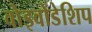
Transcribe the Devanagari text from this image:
वोइवोडेशिप